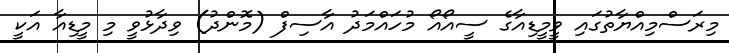
މިރަސްމިއްޔާތުގައި ވީމީޑިއާގެ ސީއޯއޯ މުހައްމަދު އާސިފް (މޮންދު) ވިދާޅުވީ މި މީޑިއާ އަކީ